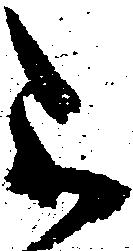
不